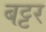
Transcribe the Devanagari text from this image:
बट्टर